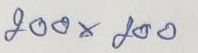
200 x 200